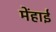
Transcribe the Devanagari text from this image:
मेंहाई